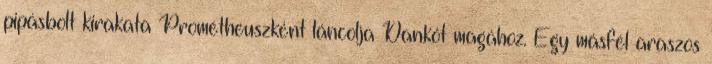
pipásbolt kirakata Prométheuszként láncolja Dankót magához. Egy másfél araszos